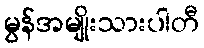
မွန်အမျိုးသားပါတီ